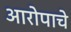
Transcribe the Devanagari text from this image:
आरोपाचे